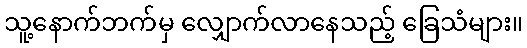
သူ့နောက်ဘက်မှ လျှောက်လာနေသည့် ခြေသံများ။